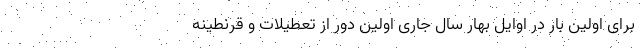
برای اولین بار در اوایل بهار سال جاری اولین دور از تعطیلات و قرنطینه